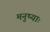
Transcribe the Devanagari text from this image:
मनुष्याः